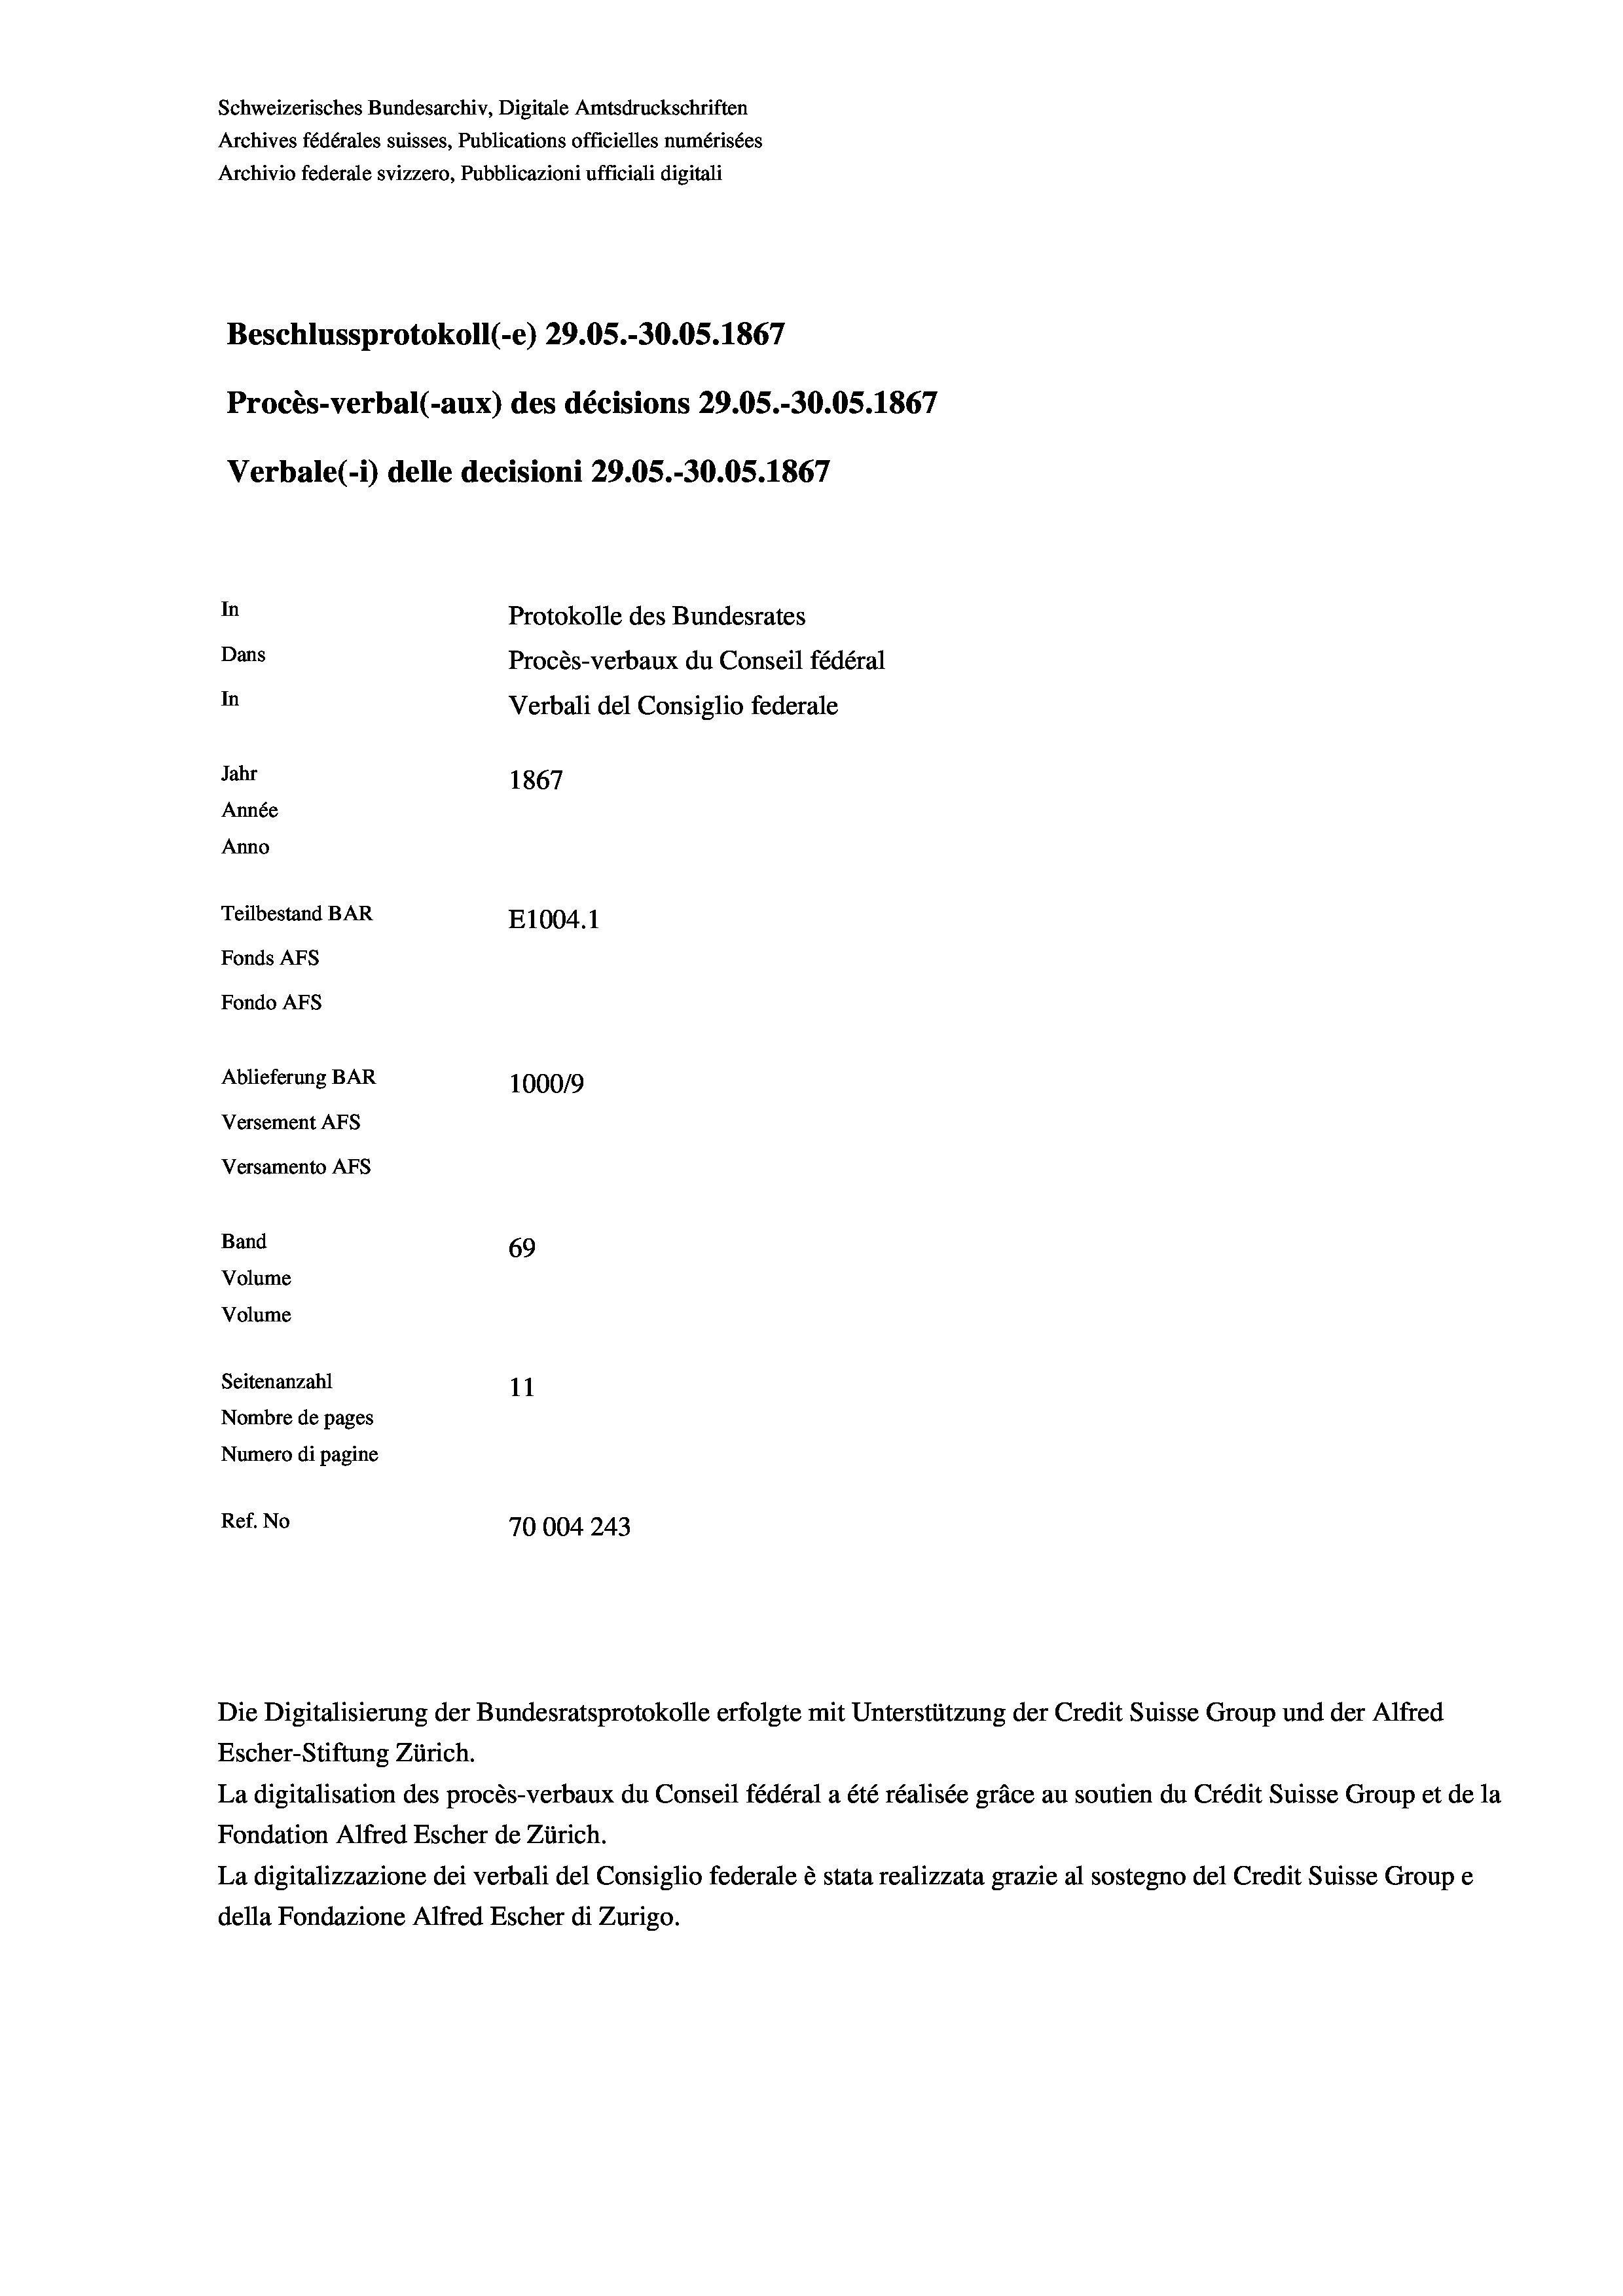
In
Protokolle des Bundesrates
Dans
Procès-verbaux du Conseil fédéral
In
Verbali del Consiglio federale
Jahr
1867
Année
Anno
Teilbestand BAR
E1004.1
Fonds AFs
Fondo Afs

Ablieferung BAR
Versement AFs
Versamento AFs
Band
Volume

Schweizerisches Bundesarchiv, Digitale Amtsdruckschriften
Archives fédérales suisses, Publications officielles numérisées
Archivio federale svizzero, Pubblicazioni ufficiali digitali

Procès-verbal (-aux) des décisions 29.05.-30.05. 1867

Beschlussprotokoll (-e) 29.05.-30.05. 1867

100019
69
Volume
Seitenanzahl
11
Nombre de pages
Numero di pagine
Ref. No
70004243

Escher-Stiftung Zürich.
La digitalisation des procès-verbaux du Conseil fédéral a été réalisée gräce au soutien du Crédit Suisse Group et de la
Fondation Alfred Escher de Zürich.
La digitalizzazione dei verbali del Consiglio federale è stata realizzata grazie al sostegno del Credit Suisse Groupe
della Fondazione Alfred Escher di Zurigo.

Verbale(-*) delle decisioni 29.05.-30.05. 1867

Die Digitalisierung der Bundesratsprotokolle erfolgte mit Unterstützung der Credit Suisse Group und der Alfred